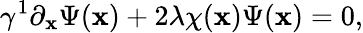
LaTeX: \gamma^{1}\partial_{\mathbf{x}}\Psi(\mathbf{x})+2\lambda\chi(\mathbf{x})\Psi(\mathbf{x})=0,